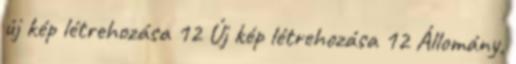
új kép létrehozása 12 Új kép létrehozása 12 Állomány,